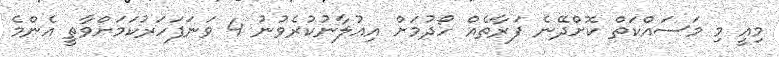
މިއީ މި މަސައްކަތް ކޮށްދޭނެ ފަރާތެއް ހޯދުމަށް އިޢުލާނުކުރެވުނު 4 ވަނަފަހަރުކަމަށްވާތީ އެންމެ